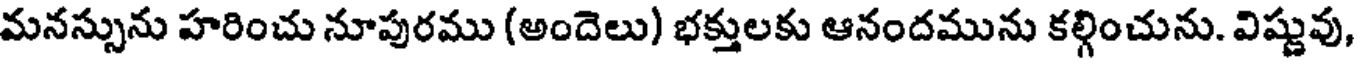
మనస్సును హరించు నూపురము (అందెలు) భక్తులకు ఆనందమును కల్గించును. విష్ణువు,